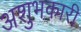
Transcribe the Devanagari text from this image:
अशुभकारी